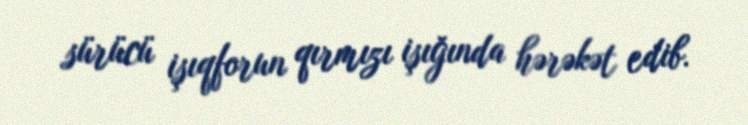
sürücü işıqforun qırmızı işığında hərəkət edib.